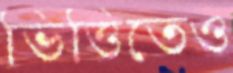
ভিত্তিতেও